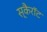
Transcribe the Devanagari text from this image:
स्कैरॉट